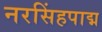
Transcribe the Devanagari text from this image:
नरसिंहपाद्म